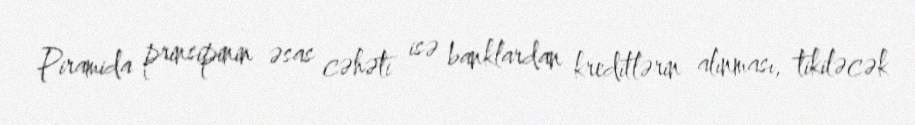
Piramida prinsipinin əsas cəhəti isə banklardan kreditlərin alınması, tikiləcək